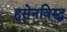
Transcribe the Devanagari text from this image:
हुसेनविरुद्ध